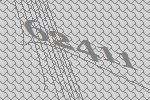
62411